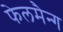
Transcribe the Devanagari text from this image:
फेलमैन्ग